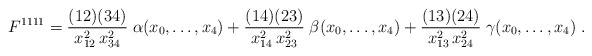
\begin{align*} F^{1111} = \frac{(12)(34)}{x^2_{12}\, x^2_{34}}\; \alpha(x_0,\ldots,x_4) + \frac{(14)(23)}{x^2_{14}\, x^2_{23}}\; \beta(x_0,\ldots,x_4) + \frac{(13)(24)}{x^2_{13}\, x^2_{24}}\; \gamma(x_0,\ldots,x_4) \;.\end{align*}